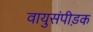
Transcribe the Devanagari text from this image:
वायुसंपीड़क